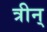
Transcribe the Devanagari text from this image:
त्रीन्